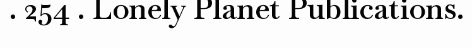
. 254 . Lonely Planet Publications.